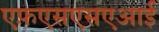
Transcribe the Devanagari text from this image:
एफ़एसएसएआई